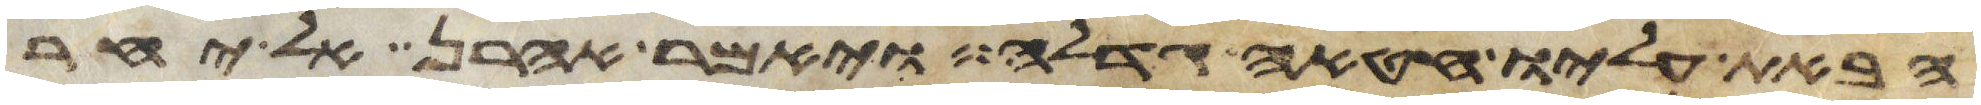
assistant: הבאת עליו חטאה גדלה ויאמר אהרן אל יחר